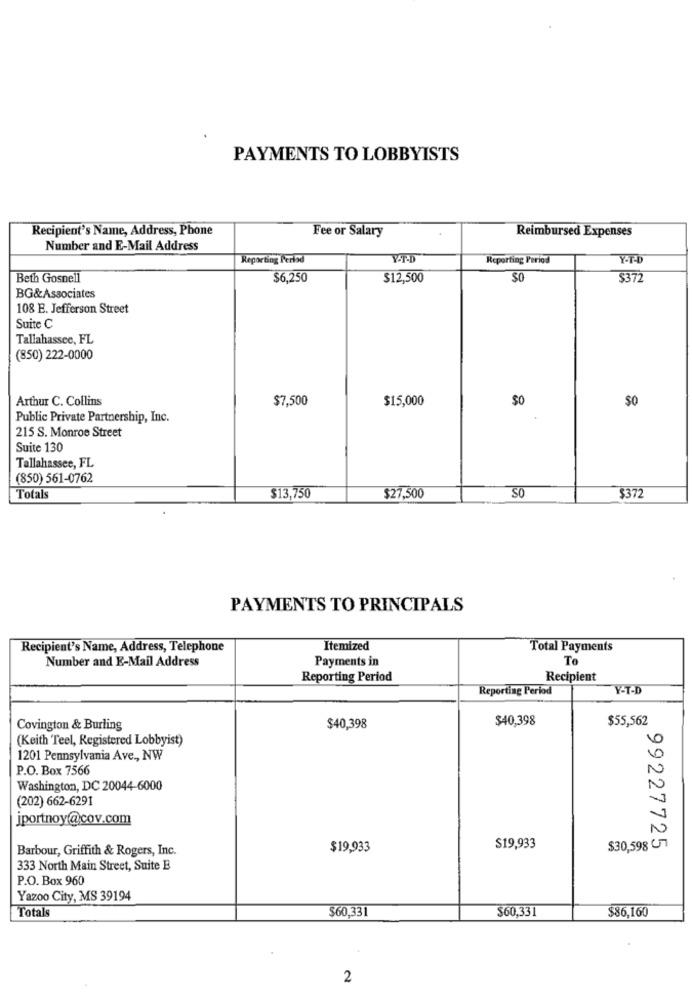
PAYMENTS TO LOBBYISTS
Recipient's Name, Address, Phone
Fee or Salary
Reimbursed Expenses
Number and E-Mail Address
Reporting Perlod
Reporting Period
Beth Gosnell
$6,250
$12,500
$0
$372
BG&Associates
108 E. Jefferson Street
Suite C
Tallahassee, FL
(850) 222-0000
Arthur C. Collins
$7,500
$15,000
$0
Public Private Partnership, Inc.
215 S. Monroe Street
Suite 130
Tallahassee, FL
(850) 561-0762
SO
Totals
$13,750
$27,500
$372
PAYMENTS TO PRINCIPALS
Recipient's Name, Address, Telephone
Itemized
Total Payments
Number and E-Mail Address
Payments in
To
Reporting Period
Recipient
Reporting Period
Y-T-D
$40,398
$55,562
Covington & Burling
$40,398
(Keith Teel, Registered Lobbyist)
1201 Pennsylvania Ave ., NW
P.O. Box 7566
Washington, DC 20044-6000
(202) 662-6291
jportnoy@cov.com
Barbour, Griffith & Rogers, Inc.
$19,933
$19,933
$30,598 U7
99227725
333 North Main Street, Suite E
P.O. Box 960
Yazoo City, MS 39194
Totals
$60,331
$60,331
$86,160
2